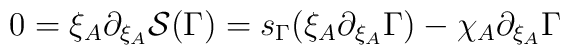
0 = \xi_A \partial_{\xi_A} {\cal S} (\Gamma ) =  s_{\Gamma} (\xi_A \partial_{\xi_A} \Gamma ) - \chi_A \partial_{\xi_A} \Gamma